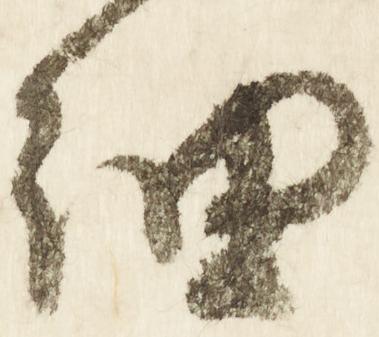
細